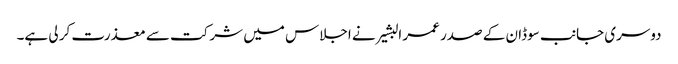
دوسری جانب سوڈان کے صدر عمر البشیر نے اجلاس میں شرکت سے معذرت کر لی ہے۔